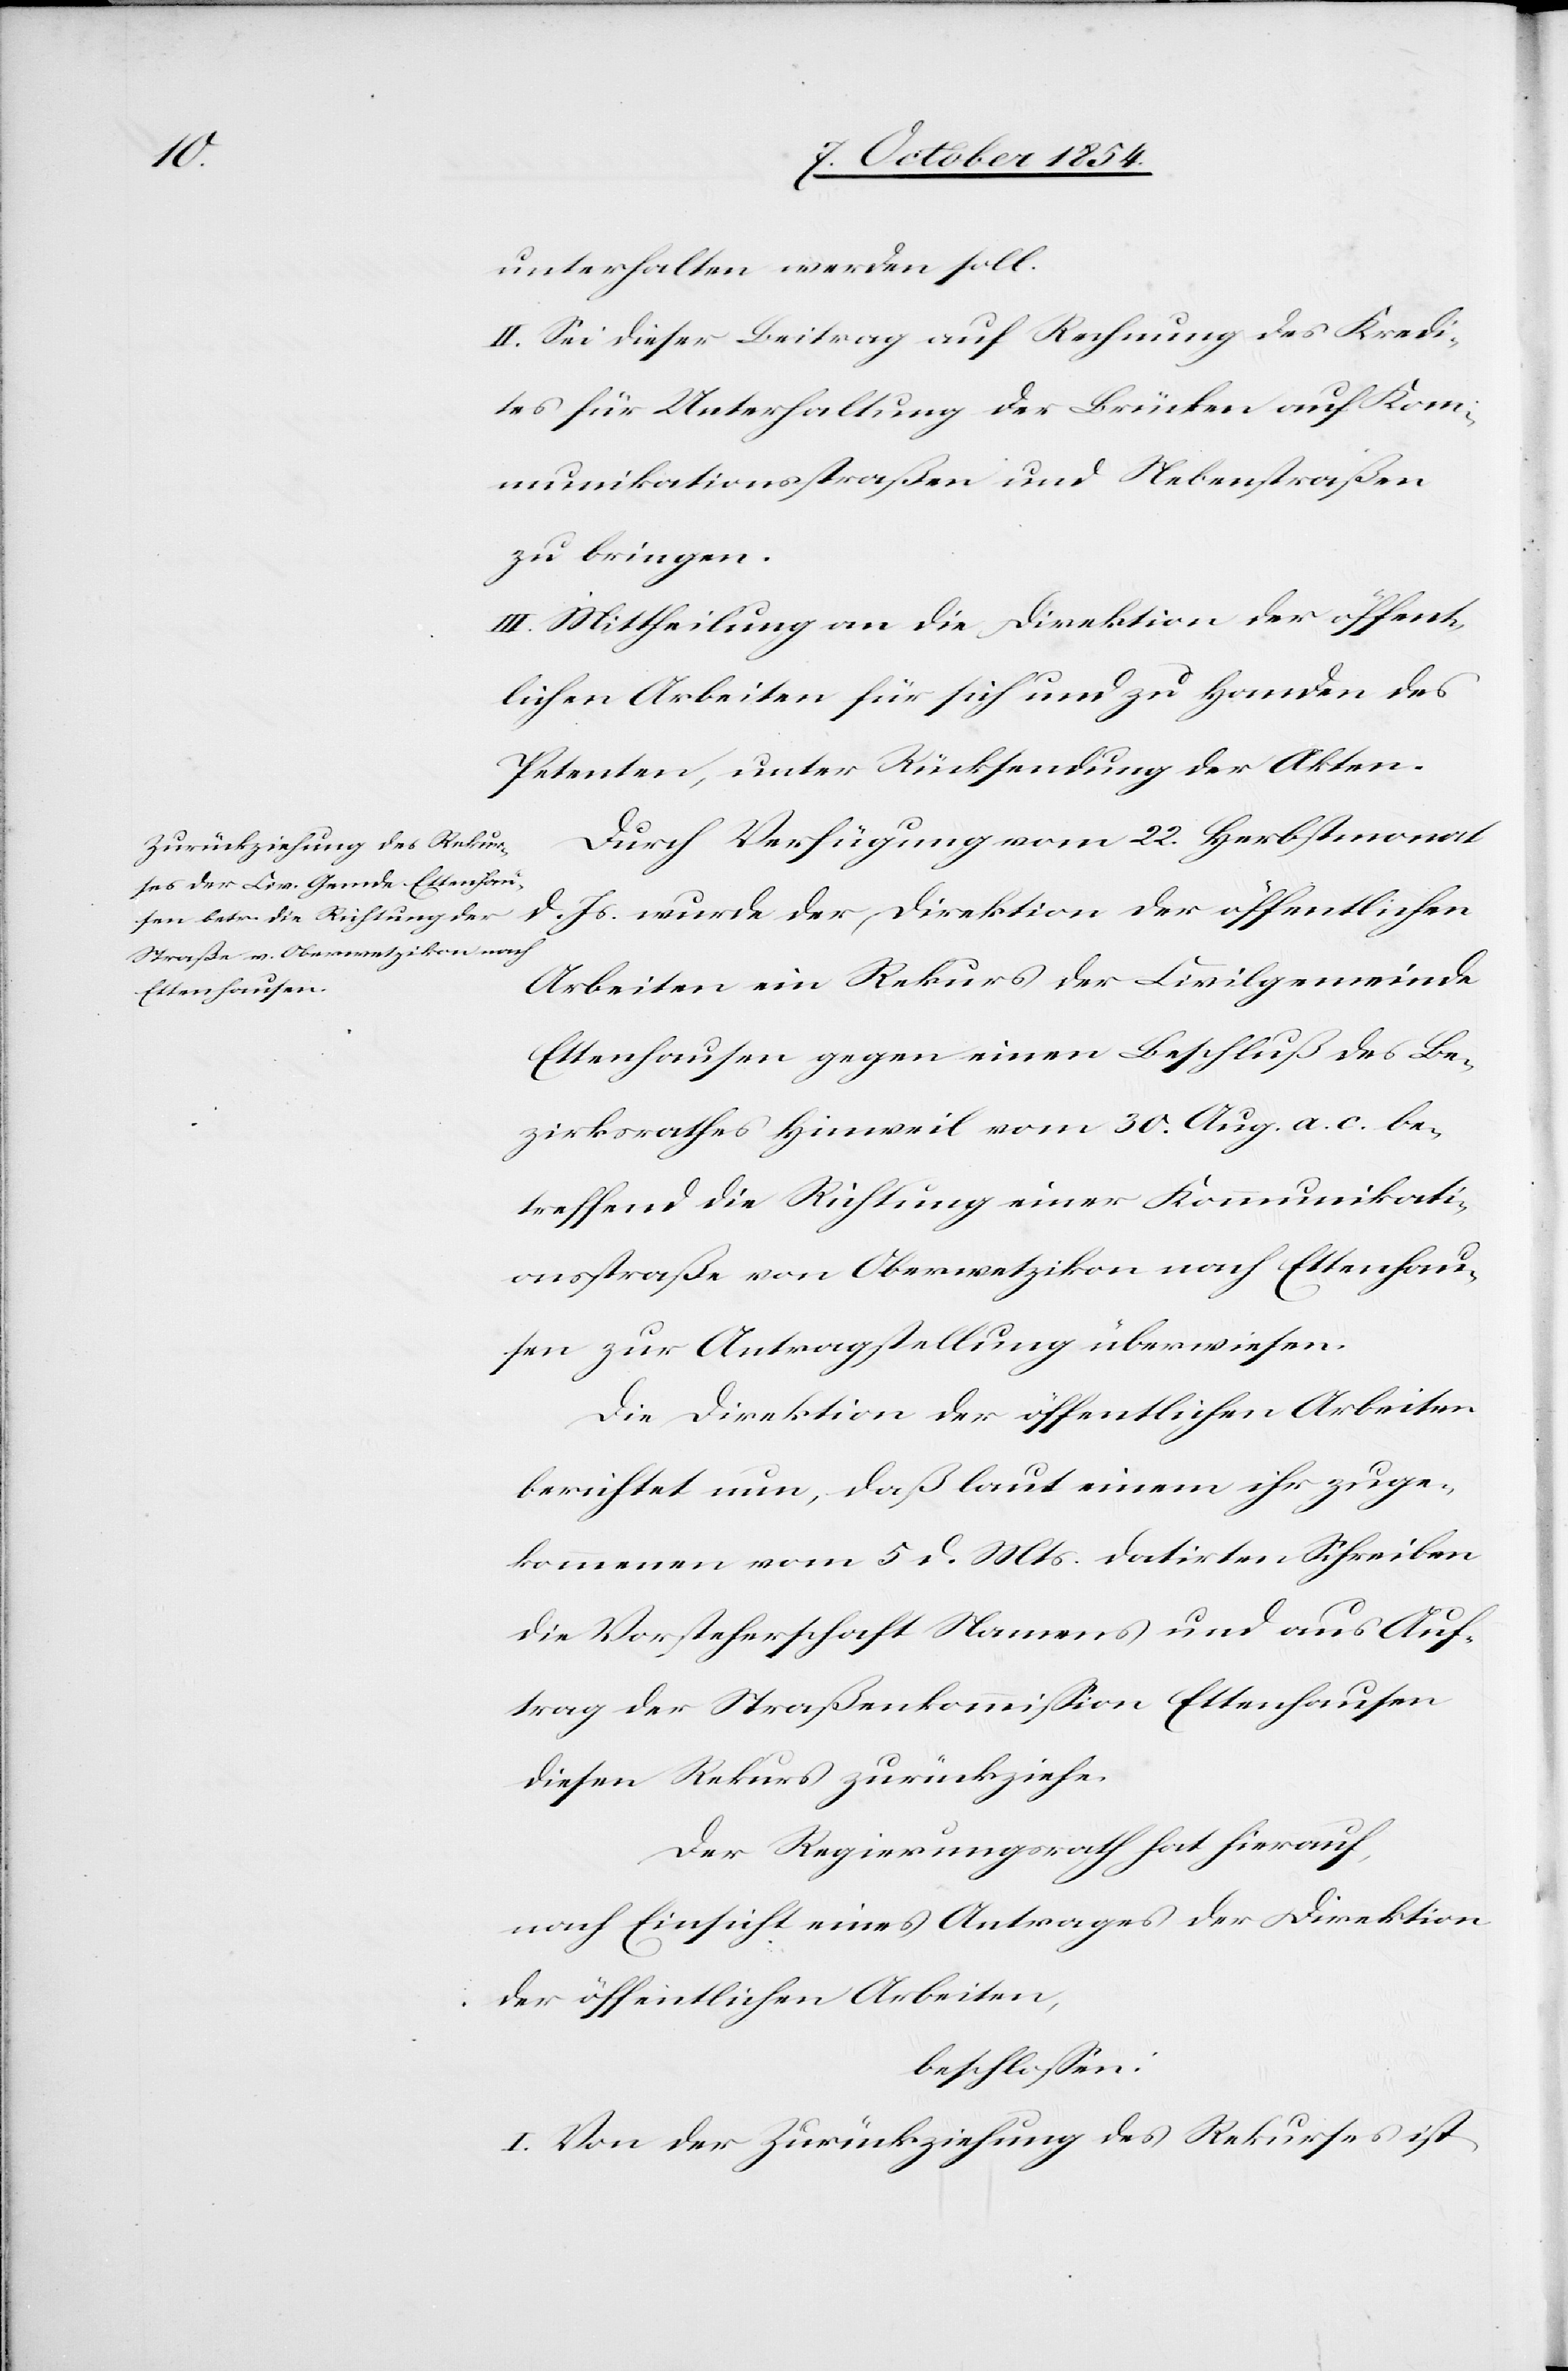
unterhalten werden soll.
II. Sei dieser Beitrag auf Rechnung des Kredi¬
tes für Unterhaltung der Brücken auf Kom¬
munikationsstraßen und Nebenstraßen
zu bringen.
III. Mittheilung an die Direktion der öffent¬
lichen Arbeiten für sich und zu Handen des
Petente, unter Rücksendung der Akten.
Durch Verfügung vom 22. Herbstmonat
d. Js. wurde der Direktion der öffentlichen
Arbeiten ein Rekurs der Civilgemeinde
Ettenhausen gegen einen Beschluß des Be¬
zirksrathes Hinweil vom 30. Aug. a. c. be¬
treffend die Richtung einer Kommunikati¬
onsstraße von Oberwetzikon nach Ettenhau¬
sen zur Antragstellung überwiesen.
Die Direktion der öffentlichen Arbeiten
berichtet nun, daß laut einem ihr zuge¬
kommenen vom 5 d. Mts datirten Schreiben
die Vorsteherschaft Namens und aus Auf¬
trag der Straßenkommißion Ettenhausen
diesen Rekurs zurückziehe.
Der Regierungsrath hat hierauf,
nach Einsicht eines Antrages der Direktion
der öffentlichen Arbeiten,
beschloßen:
I. Von der Zurückziehung des Rekurses ist